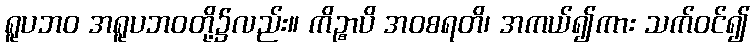
ရူပဘဝ အရူပဘဝတို့၌လည်း။ ကိဉ္စာပိ အဝစရတိ၊ အကယ်၍ကား သက်ဝင်၍